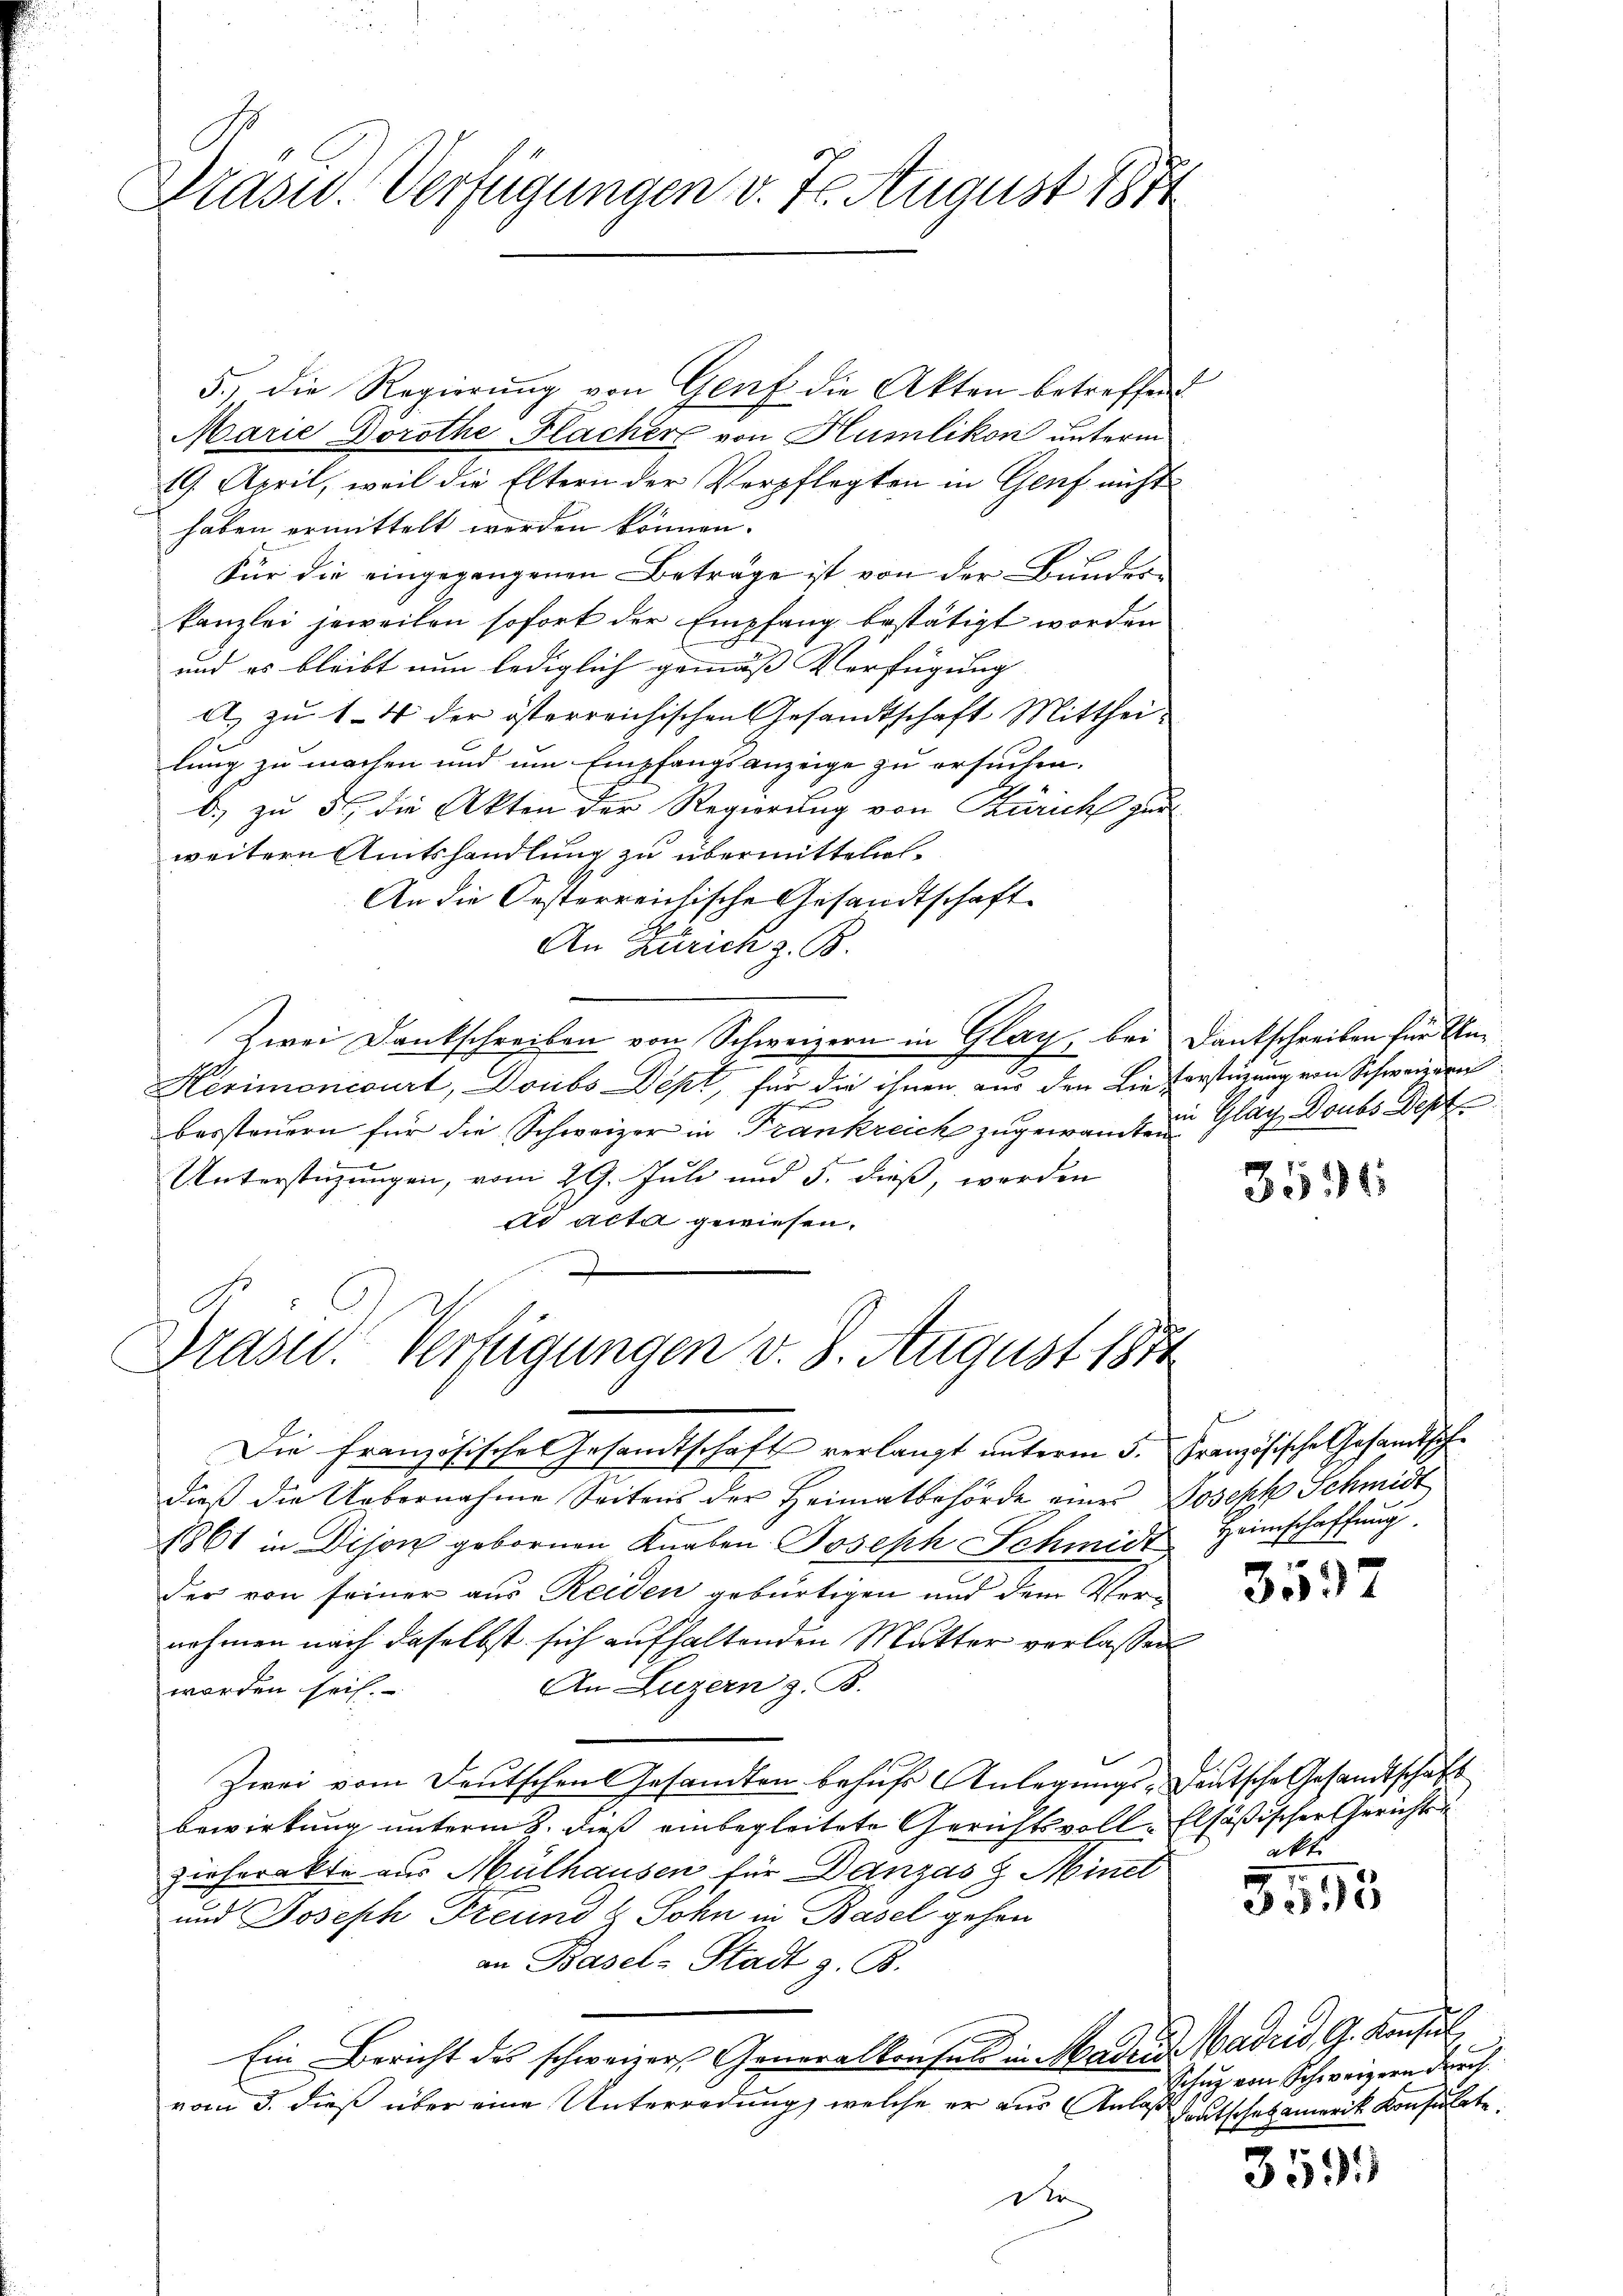
Drasur. Verfügungen v. 7. August 181

5., die Regierŭng von Genf die Akten betreffend
Marie Dorothe Flacher von Humlikon unterm
19. April, weil die Eltern der Verpflegten in Genf nicht
haben ermittelt werden können.
Für die eingegangenen Beträge ist von der Bundeskanzlei jeweilen sofort der Empfang bestätigt worden
und es bleibt nun lediglich gemäß Verfügung |
A.) zu 14 der österreichischen Gesamtschaft Mittheilung zu machen und um Empfangsanzeige zu ersuchen.
b) zu 5, die Akten der Regierung von Zürich zur
weitern Amtshandlung zu übermitteln.
An die Oesterreichische Gesandtschaft
An Zürich z. B.
Zwei Dankschreiben von Schweizern in Glag, bei Dankschreiben für Un¬
2
Herimoncourt, Doubs Dept, für die ihnen aus den Lieforstüzung von Schweizern
bersteuern für die Schweizer in Frankreich zugewandt in Gläg Doubs Dept
Unterstüzungen, vom 29. Juli und 5. dieß, worden
ad acta gewiesen.
n
.

Drasen. Verfügungen v. 8. August 1874

1

Die Französische Gesandtschafts verlangt unterm 5. Französische Gesandtschdieß die Uebernahme Seitens der Heimatbehörde einer Joseph Schmidt
1861 in Dijon gebornen Knaben Joseph Schmidt Heimschaffung
der von seiner aus Reiden gebürtigen und dem Vernehmen nach daselbst sich aufhaltenden Mutter verlassen
An Luzern z. B.
worden sei.
Zwei vom Deutschen Gesandten behufs Anlegungs-Deutsche Gesandtschaft
bewirkung unterm 8. dieß einbegleitete Gerichtsvoll-Elsäßischer Gerichts
zieherakte aus Mülhausen für Danzas 8 Minet
und Joseph Freund & Sohn in Basel gehen
an Basel-Stadt z. B.
Ein Bericht des schweizer Generalkonses in Mader Madrid, G. Konsul
vom 3. dieß über eine Unterredung, welche er aus Anlaß heutschatz anweit Konsulate
Der

3531

e

s
332

akt.

3595

Schug von Schweizern durch

359.